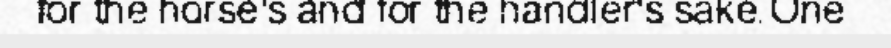
for the horse's and for the handler's sake.One